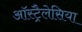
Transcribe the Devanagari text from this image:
ऑस्ट्रैलेसिया